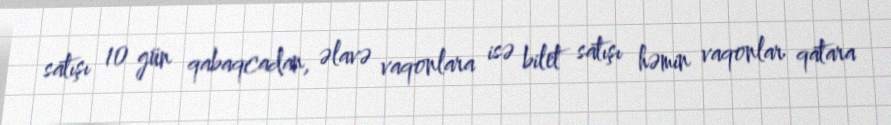
satışı 10 gün qabaqcadan, əlavə vaqonlara isə bilet satışı həmin vaqonlar qatara